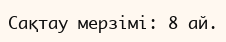
Сақтау мерзімі: 8 ай.